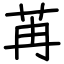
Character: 苒